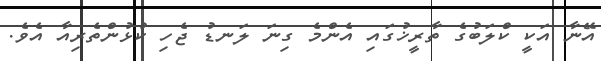
އޭނާ އަކީ ކްލަބުގެ ތާރީޚުގައި އެންމެ ގިނަ ލަނޑު ޖެހި ކުޅުންތެރިއާ އެވެ.